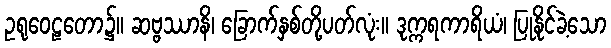
ဥရုဝေဠတော၌။ ဆဗ္ဗဿာနိ၊ ခြောက်နှစ်တို့ပတ်လုံး။ ဒုက္ကရကာရိယံ၊ ပြုနိုင်ခဲ့သော